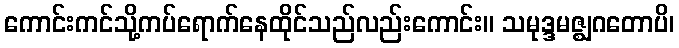
ကောင်းကင်သို့ကပ်ရောက်နေထိုင်သည်လည်းကောင်း။ သမုဒ္ဒမဇ္ဈဂတောပိ၊